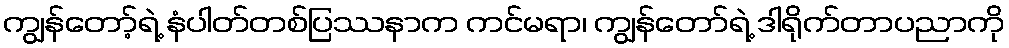
ကျွန်တော့်ရဲ့ နံပါတ်တစ်ပြဿနာက ကင်မရာ၊ ကျွန်တော်ရဲ့ ဒါရိုက်တာပညာကို